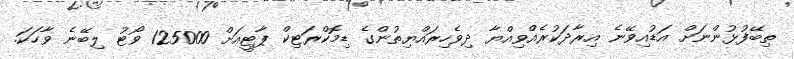
ތިބޭފުޅުންނަށް އަޑުއިވޭނެ އިރާދަކުރެއްވިއްޔާ ދިވެހިރައްޔިތުންގެ ޑިމޮކްރަޓިކް ޕާޓީއަށް 125000 ވޯޓު ލިބޭނެ ވާހަކަ.